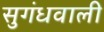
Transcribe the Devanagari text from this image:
सुगंधवाली